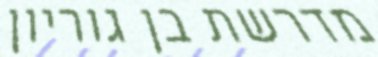
מדרשת בן גוריון